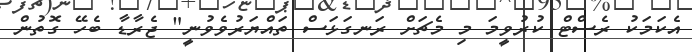
އެކަމަކު ރެސްޓް ކުރުވީމަ މި މެޗަށް ރަނގަޅަސް ތައްޔަރުވެވުނީ" ޖެރާޑާ ބެހޭ ގޮތުން